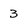
Character: 3